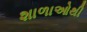
શાળાઓથી